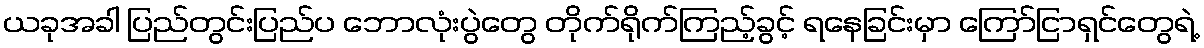
ယခုအခါ ပြည်တွင်းပြည်ပ ဘောလုံးပွဲတွေ တိုက်ရိုက်ကြည့်ခွင့် ရနေခြင်းမှာ ကြော်ငြာရှင်တွေရဲ့